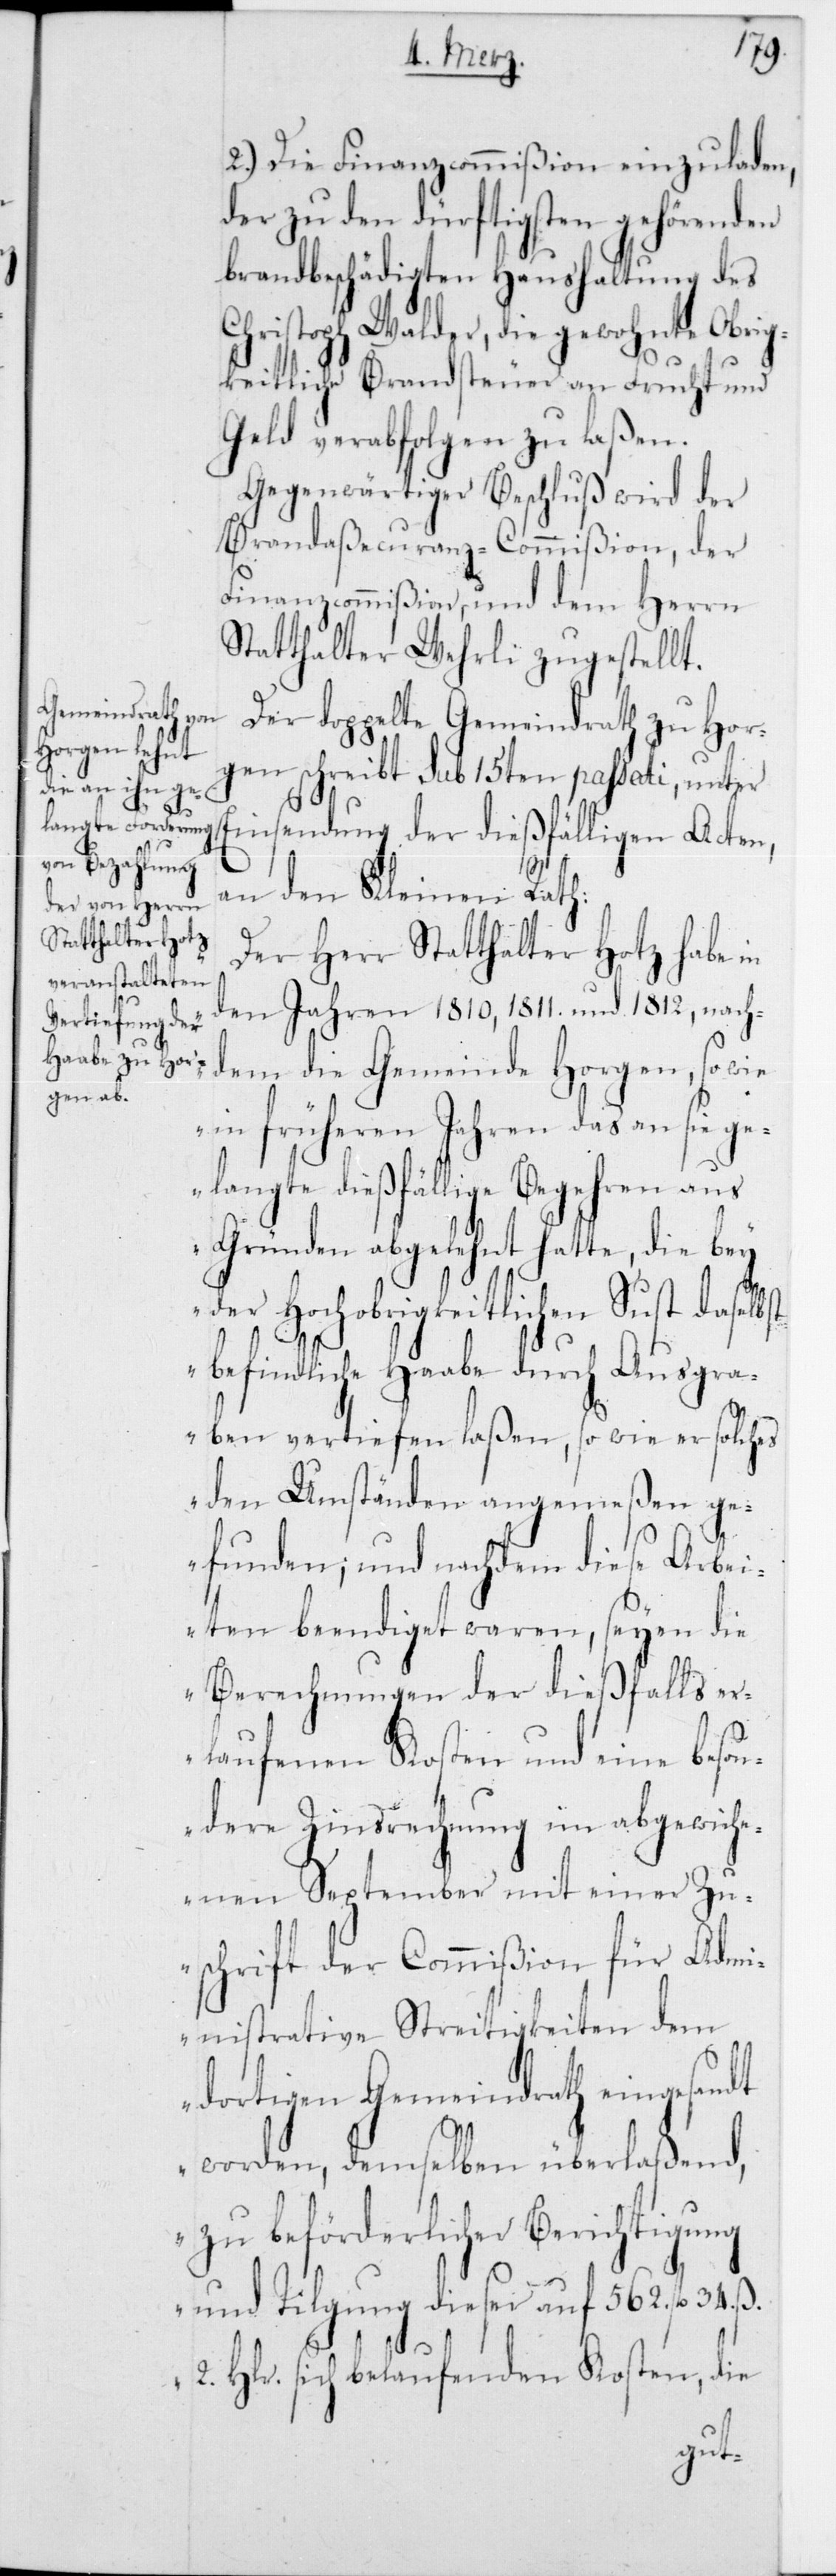
2.) Die Finanzcommißion einzuladen,
der zu den dürftigsten gehörenden
brandbeschädigten Haushaltung des
Christoph Walder, die gewohnte obrig¬
keitliche Brandsteuer an Frucht und
Geld verabfolgen zu laßen.
Gegenwärtiger Beschluß wird der
Brandaßecuranz-Commißion, der
Finanzcommißion, und dem Herrn
Statthalter Wehrli zugestellt.
Der doppelte Gemeindrath zu Hor¬
gen schreibt sub 15ten passati, unter
Einsendung der dießfälligen Acten,
an den Kleinen Rath:
„Der Herr Statthalter Hotz habe in
den Jahren 1810, 1811 und 1812, nach¬
dem die Gemeinde Horgen, sowie
in früheren Jahren das an sie ge¬
langte dießfällige Begehren aus
Gründen abgelehnt hatte, die bei
der Hochobrigkeitlichen Sust daselbst
befindliche Haabe durch Ausgra¬
ben vertiefen laßen, so wie er solches
den Umständen angemeßen ge¬
funden; und nachdem diese Arbei¬
ten beendiget waren, seien die
Berechnungen der dießfalls er¬
laufenen Kosten und eine beson¬
dere Zinsrechnung im abgewich¬
enen September mit einer Zu¬
schrift der Commißion für Adm¬
inistrative Streitigkeiten dem
dortigen Gemeindrath eingesandt
worden, demselben überlaßend,
zu beförderlicher Berichtigung
und Tilgung dieser auf 562 fl. 34 ß
2 Hlr. sich belaufenden Kosten, die